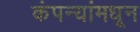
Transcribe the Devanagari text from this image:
कंपन्यांमधून